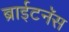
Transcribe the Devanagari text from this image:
ब्राईटनॅस